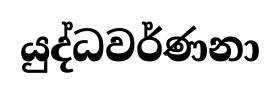
යුද්ධවර්ණනා